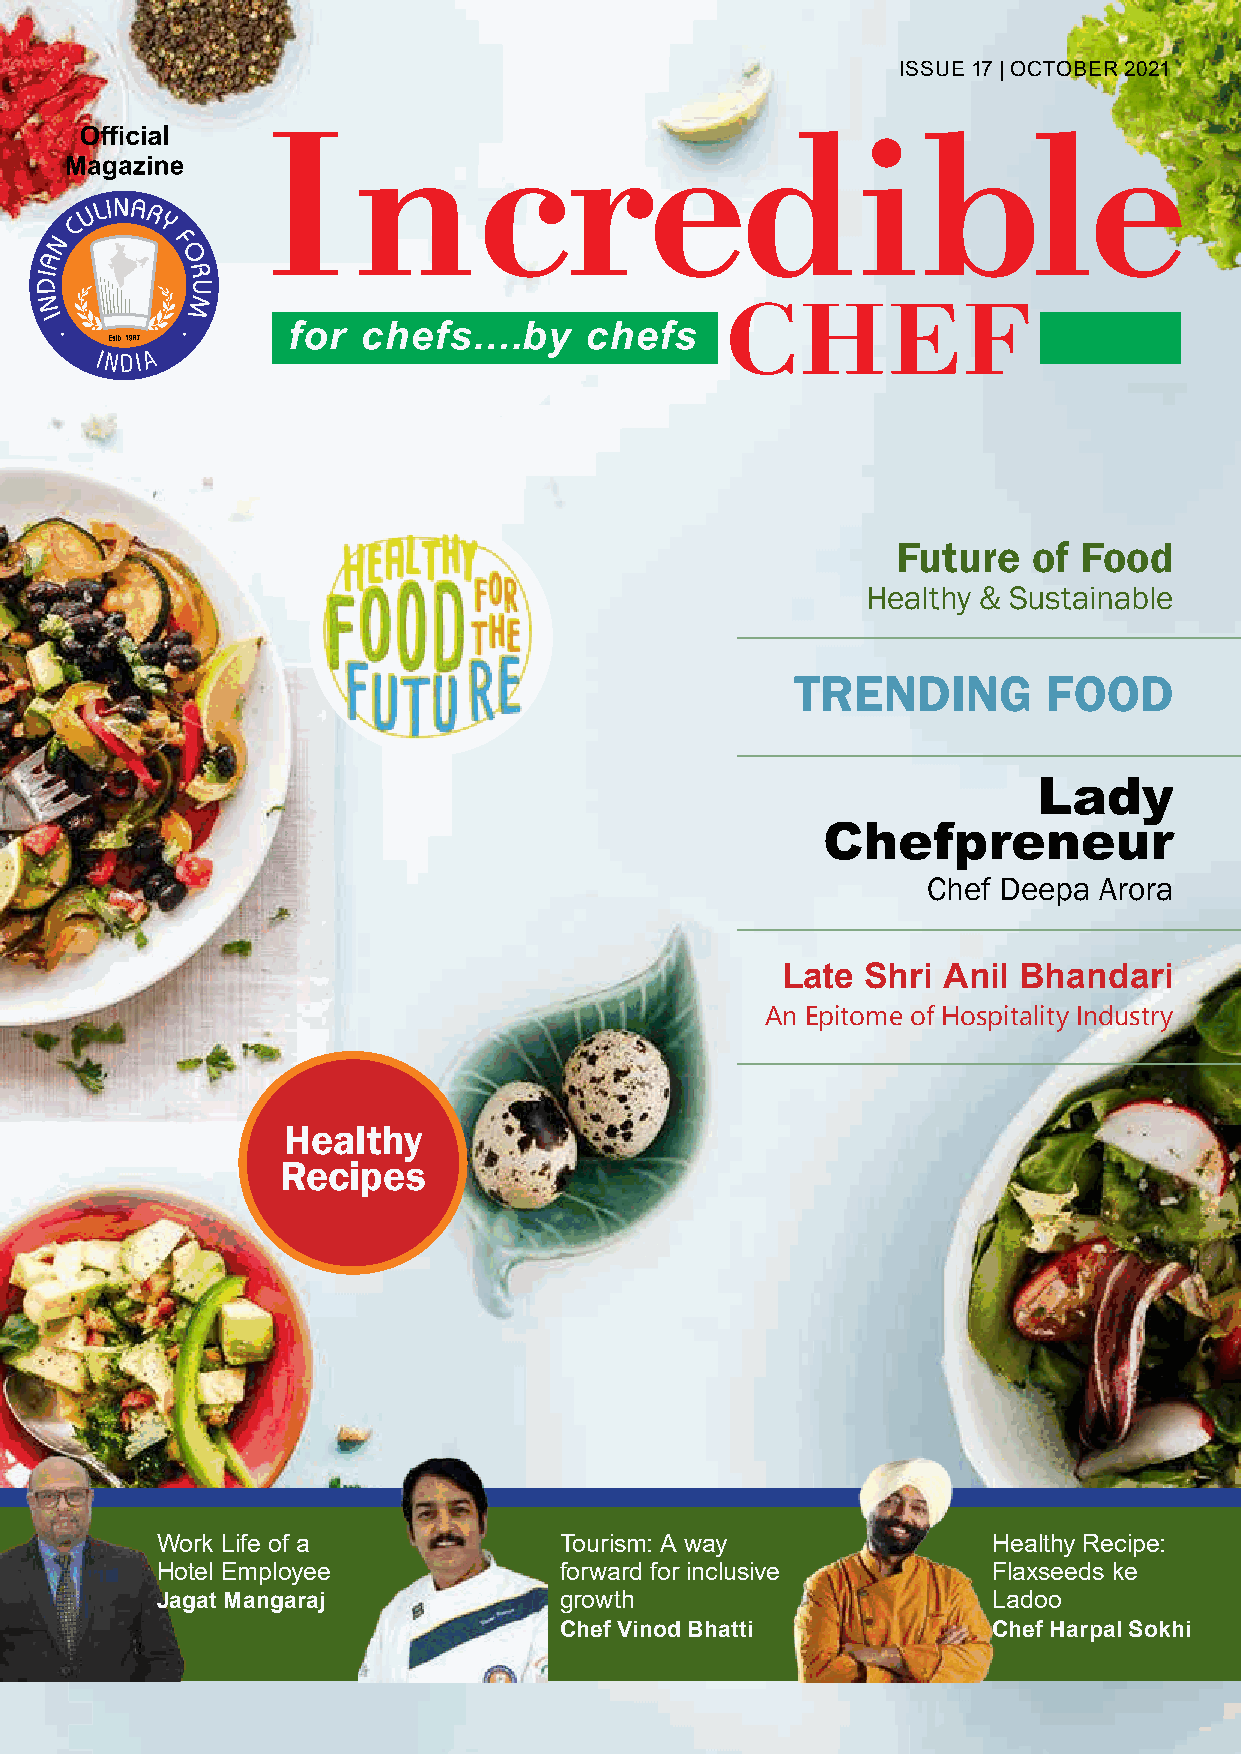
ISSUE 17 | OCTOBER 2021
 Future   of Food
 Healthy & Sustainable
 TRENDING        FOOD
 Lady
 Chefpreneur
 Chef Deepa  Arora
 Late Shri Anil Bhandari
 An Epitome of Hospitality Industry
 Healthy
 Recipes
 Work Life of a             Tourism: A way               Healthy Recipe:
 Hotel Employee             forward for inclusive        Flaxseeds ke
 Jagat Mangaraj             growth                       Ladoo
 Chef Vinod Bhatti            Chef Harpal Sokhi
 October 2021 | Incredible Chef | 1